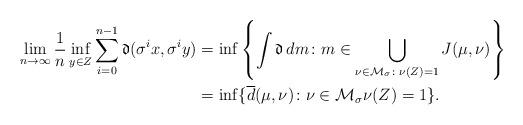
LaTeX: \begin{align*}\lim_{n \to \infty}\frac{1}{n} \inf_{y \in Z}\sum_{i=0}^{n-1}\mathfrak{d} (\sigma^ix,\sigma^{i}y)&=\inf\left\{\int \mathfrak{d}\,dm \colon m \in \bigcup_{\nu \in \mathcal{M}_\sigma \colon \nu(Z)=1} J(\mu,\nu)\right\}\\&=\inf\{\overline{d}(\mu,\nu) \colon \nu \in\mathcal{M}_\sigma \nu(Z)=1\}.\end{align*}